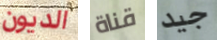
الديون قناة جيد